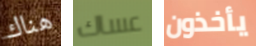
هناك عساك يأخذون